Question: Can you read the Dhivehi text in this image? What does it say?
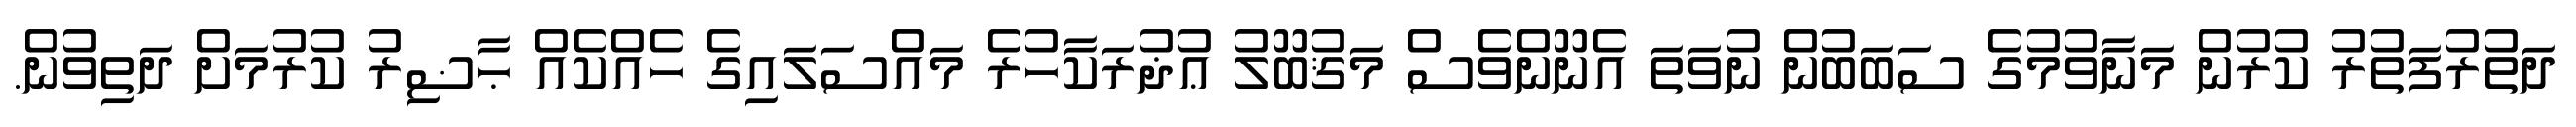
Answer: ދަތުރުފަތުރު ކުރުން މަނާވުމުގެ ސަބަބުން ނުވަތަ އެނޫންވެސް މަޤުބޫލު ޢުޛުރަކާހުރެ މައްސަލައިގެ ހެއްކެއް ޙާޟިރު ކުރުމަށް ދަތިވުން.